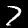
Digit: 7